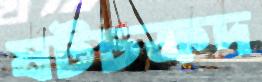
ষটচক্রদ